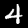
Label: 4